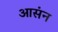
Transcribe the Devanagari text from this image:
आसंन